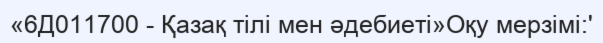
«6Д011700 - Қазақ тілі мен әдебиеті»Оқу мерзімі:'